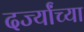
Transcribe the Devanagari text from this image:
दर्ज्यांच्या